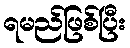
ရမည်ဖြစ်ပြီး